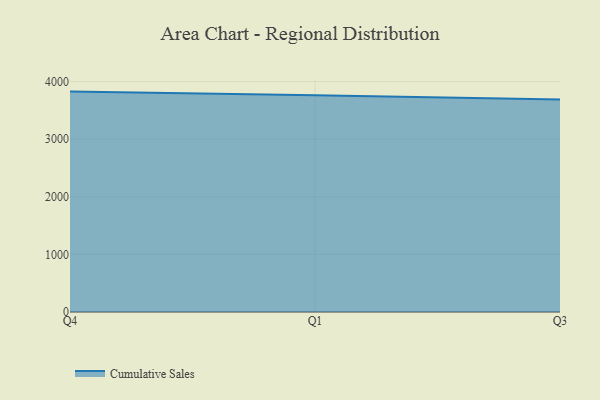
{"axis": {"x": "Quarter", "y": "Waste Production (Tons)"}, "legend": ["Cumulative Sales"], "data": [{"x": "Q4", "y": 3825.2, "type": "Cumulative Sales"}, {"x": "Q1", "y": 3764.0, "type": "Cumulative Sales"}, {"x": "Q3", "y": 3688.8, "type": "Cumulative Sales"}]}